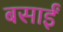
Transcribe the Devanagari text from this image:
बसाईं